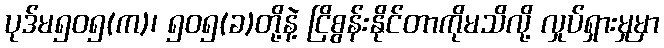
ပုဒ်မ၅၀၅(က)၊ ၅၀၅(ခ)တို့နဲ့ ငြိစွန်းနိုင်တာကိုမသိလို့ လှုပ်ရှားမှုမှာ